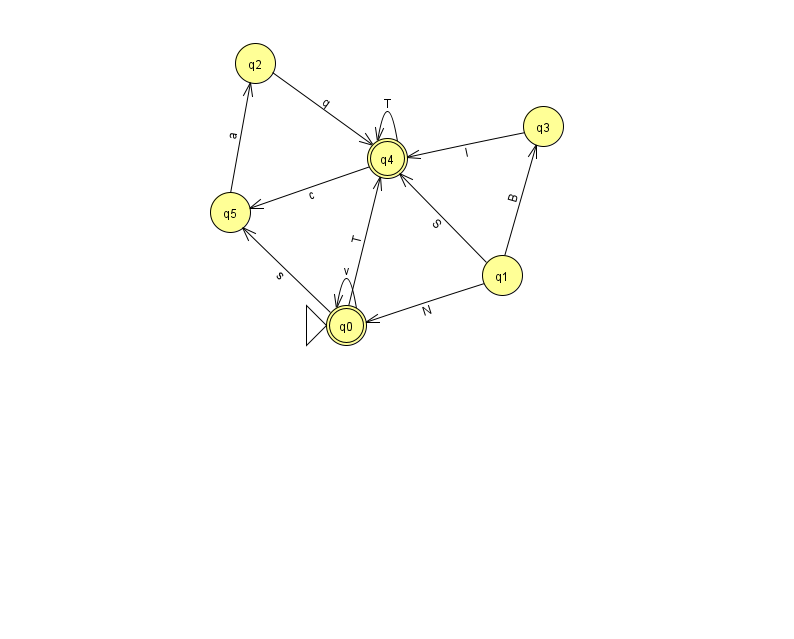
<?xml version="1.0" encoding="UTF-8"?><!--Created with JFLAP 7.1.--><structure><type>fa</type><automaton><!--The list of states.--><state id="0" name="q0"><x>346.0</x><y>312.0</y><initial/><final/></state><state id="1" name="q1"><x>502.0</x><y>262.0</y></state><state id="2" name="q2"><x>255.0</x><y>50.0</y></state><state id="3" name="q3"><x>543.0</x><y>113.0</y></state><state id="4" name="q4"><x>387.0</x><y>145.0</y><final/></state><state id="5" name="q5"><x>230.0</x><y>199.0</y></state><!--The list of transitions.--><transition><from>5</from><to>2</to><read>a</read></transition><transition><from>0</from><to>4</to><read>T</read></transition><transition><from>0</from><to>5</to><read>s</read></transition><transition><from>4</from><to>4</to><read>T</read></transition><transition><from>4</from><to>5</to><read>c</read></transition><transition><from>1</from><to>4</to><read>S</read></transition><transition><from>3</from><to>4</to><read>I</read></transition><transition><from>0</from><to>0</to><read>v</read></transition><transition><from>2</from><to>4</to><read>q</read></transition><transition><from>1</from><to>3</to><read>B</read></transition><transition><from>1</from><to>0</to><read>N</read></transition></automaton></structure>